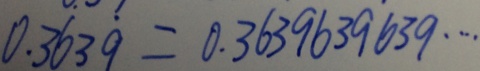
0 . 3 6 3 \dot { 9 } = 0 . 3 6 3 9 6 3 9 6 3 9 \cdots